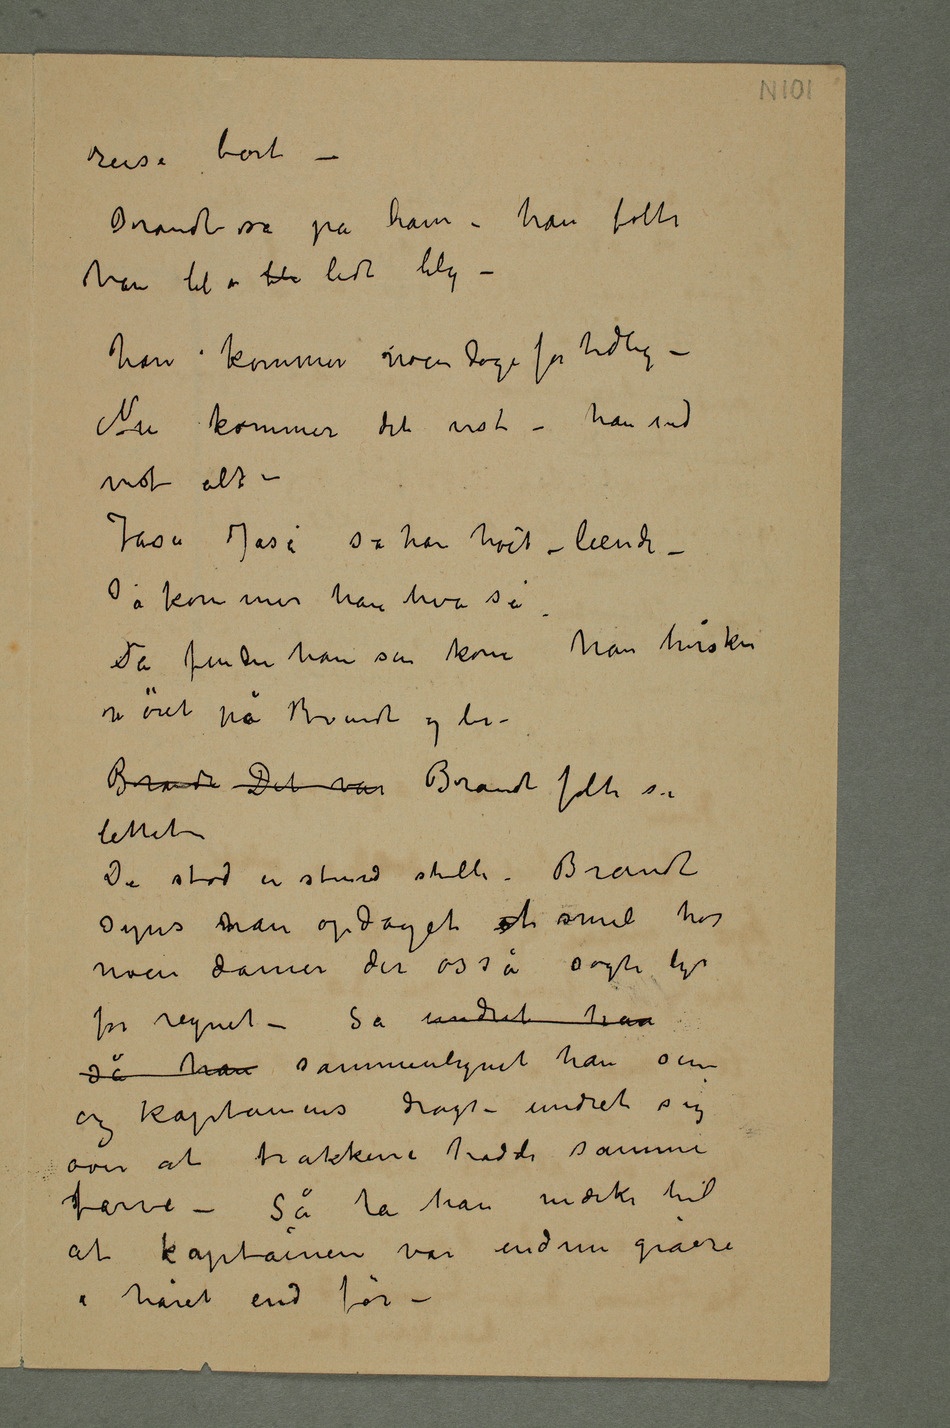
reise bort –
Brandt så på ham – han følte
han ble ble lidt bleg –
han kommer noen dage for tidlig –
Nu kommer det vist – han ved
vist alt –
Jaså Jaså sa han høit – leende –
så kommer han hva så.
Da finder han sin konehan hvisker
i øret på Brandt og ler –
Brandt Det var Brandt følte sig
lettet
De stod en stund stille. Brandt
syns han opdaget et smil hos
noen damer der osså søgte ly
for regnet – Så undret han
så han sammenlignet han sin
og kaptainens dragt – undret sig
over at frakkene hadde samme
farve – Så la han mærke til
at kaptainen var endnu gråere
i håret end før –